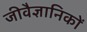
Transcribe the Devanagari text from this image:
जीवैज्ञानिकों